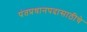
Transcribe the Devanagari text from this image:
पंतप्रधानपदासाठीचे